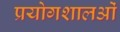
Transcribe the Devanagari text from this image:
प्रयोगशालओं